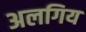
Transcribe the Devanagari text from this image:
अलगिय